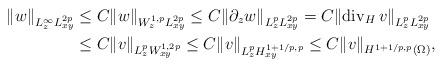
LaTeX: \begin{align*}\|w\|_{L^\infty_zL^{2p}_{xy}} &\le C\|w\|_{W^{1,p}_zL^{2p}_{xy}} \le C\|\partial_zw\|_{L^p_zL^{2p}_{xy}} = C\|\mathrm{div}_H\,v\| _{L^p_zL^{2p}_{xy}} \\&\le C\|v\|_{L^p_zW^{1,2p}_{xy}} \le C\|v\|_{L^p_zH^{1+1/p,p}_{xy}} \le C\|v\|_{H^{1+1/p,p}(\Omega)},\end{align*}